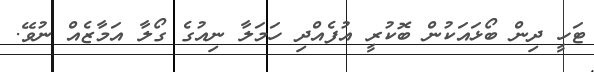
ޓަހީ ދިން ބޯޅައަކުން ބޮކުރީ އުފެއްދި ހަމަލާ ނިއުގެ ގޯލާ އަމާޒެއް ނުވޭ.